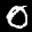
Label: 0